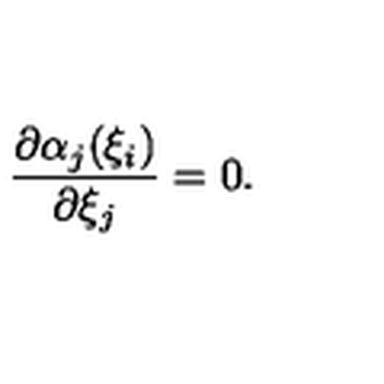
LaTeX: \frac { \partial \alpha _ { j } ( \xi _ { i } ) } { \partial \xi _ { j } } = 0 .